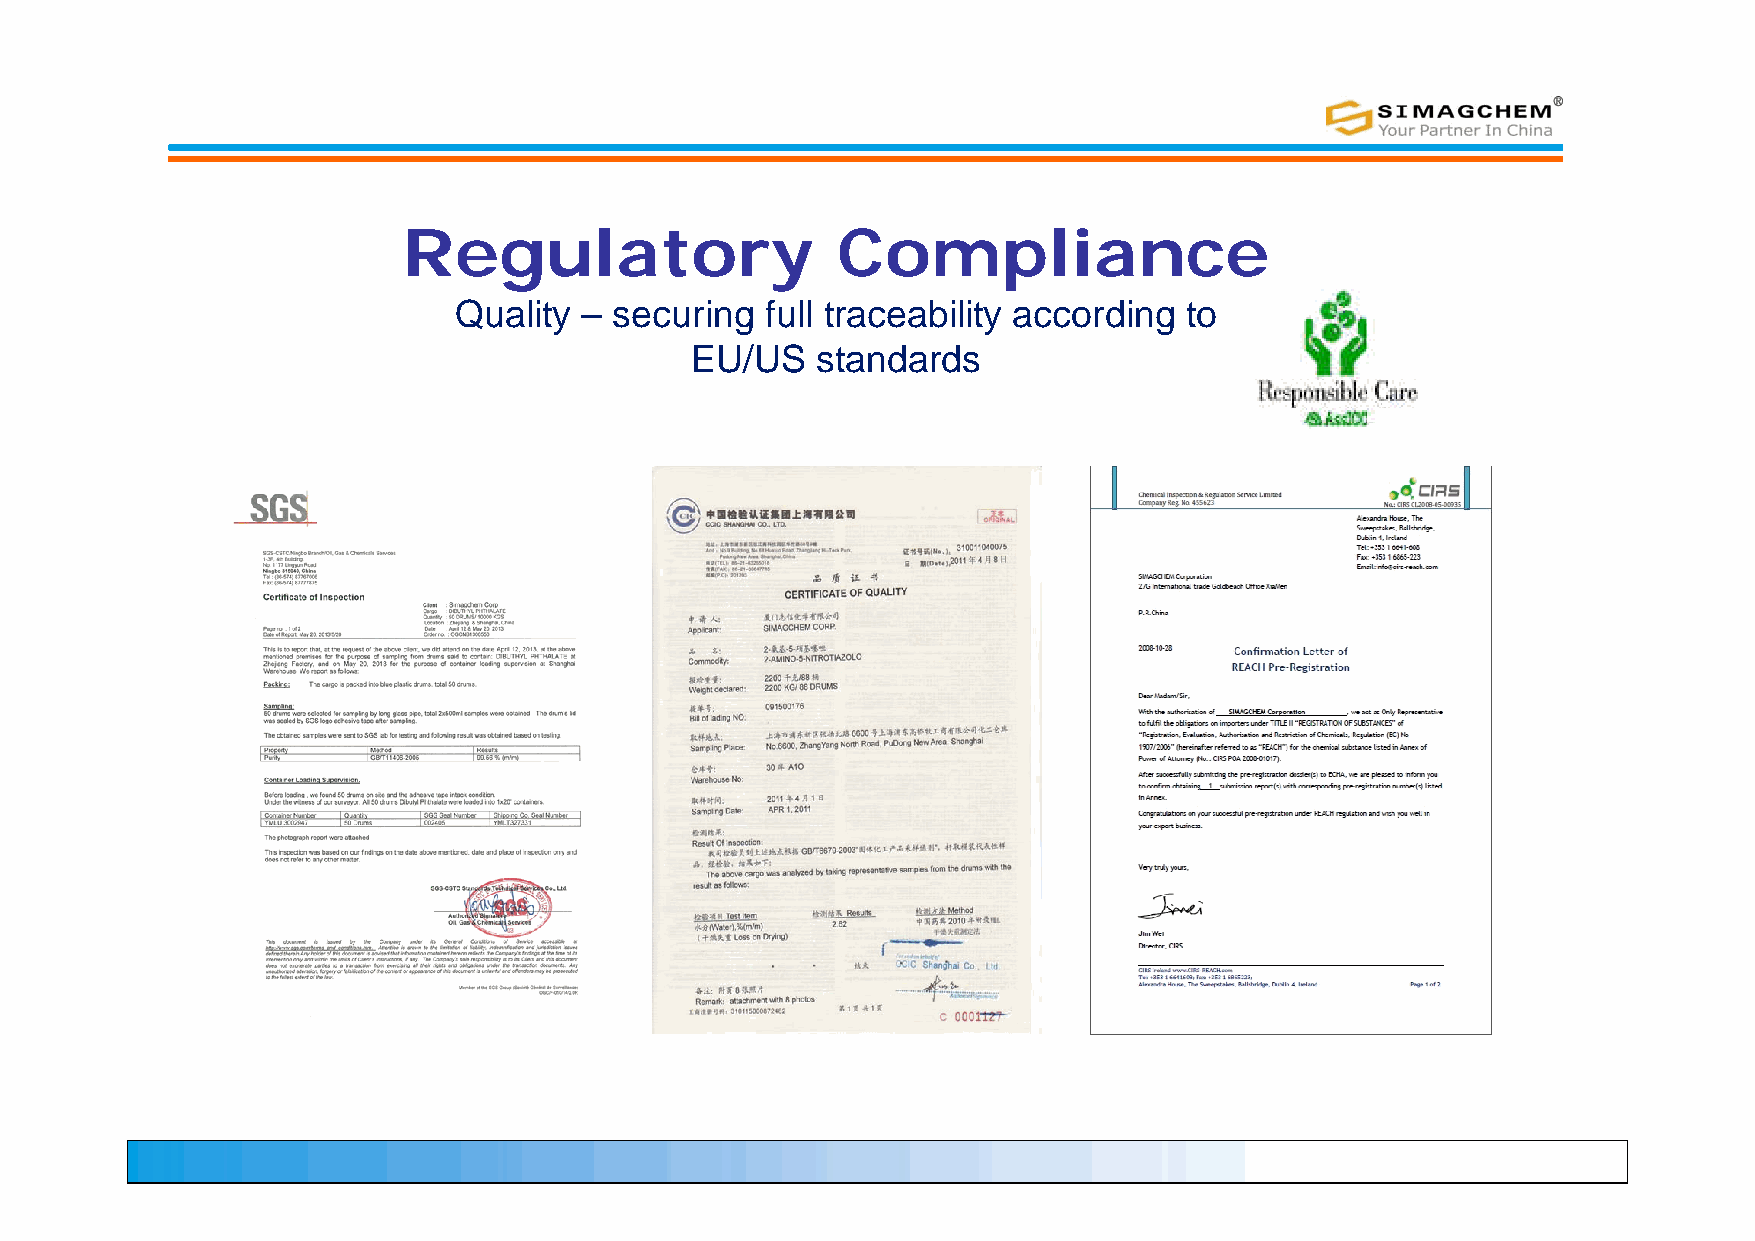
Regulatory                  Compliance
 Quality  – securing  full traceability according to
 EU/US   standards